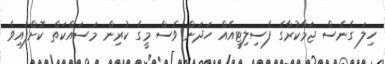
ހިލަ ގެނެސް ޖަމާކުރާގެ ފެސިލިޓީއެއް ހަދަން ވެސް މީގެ ކުރިން މަސައްކަތް ކޮށްފައިވެ